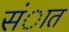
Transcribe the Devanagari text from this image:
संात